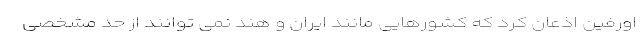
اورفین اذعان کرد که کشورهایی مانند ایران و هند نمی توانند از حد مشخصی